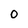
Character: O